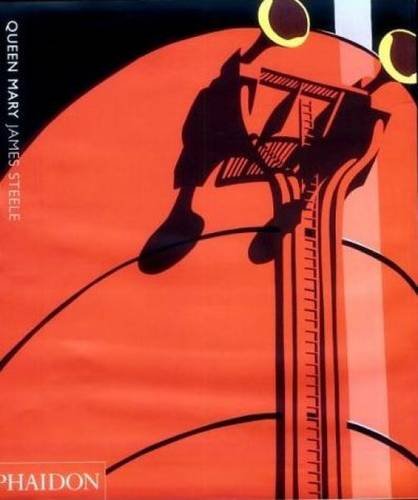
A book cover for Queen Mary; James Steele; Arts & Photography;